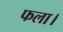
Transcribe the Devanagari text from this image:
फला।